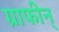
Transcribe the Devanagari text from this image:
ग्राफीन्